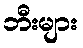
ဘီးများ